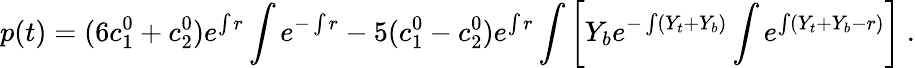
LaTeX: p(t)=(6c_{1}^{0}+c_{2}^{0})e^{\int r}\int e^{-\int r}-5(c_{1}^{0}-c_{2}^{0})e^{\int r}\int\left[Y_{b}e^{-\int(Y_{t}+Y_{b})}\int e^{\int(Y_{t}+Y_{b}-r)}\right]\ .